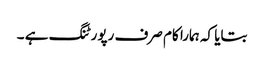
بتایا کہ ہمارا کام صرف رپورٹنگ ہے ۔